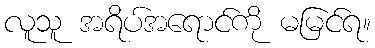
လူသူ အရိပ်အရောင်ကို မမြင်ရ။